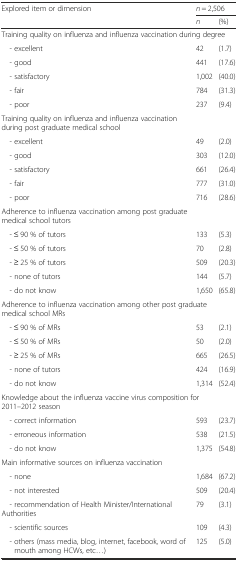
<table><thead><tr><td><b>Explored item or dimension</b></td><td colspan="2"><b><i>n</i> = 2,506</b></td></tr><tr><td></td><td><b><i>n</i></b></td><td><b>(%)</b></td></tr></thead><tbody><tr><td colspan="3">Training quality on influenza and influenza vaccination during degree</td></tr><tr><td> - excellent</td><td>42</td><td>(1.7)</td></tr><tr><td> - good</td><td>441</td><td>(17.6)</td></tr><tr><td> - satisfactory</td><td>1,002</td><td>(40.0)</td></tr><tr><td> - fair</td><td>784</td><td>(31.3)</td></tr><tr><td> - poor</td><td>237</td><td>(9.4)</td></tr><tr><td colspan="3">Training quality on influenza and influenza vaccination during post graduate medical school</td></tr><tr><td> - excellent</td><td>49</td><td>(2.0)</td></tr><tr><td> - good</td><td>303</td><td>(12.0)</td></tr><tr><td> - satisfactory</td><td>661</td><td>(26.4)</td></tr><tr><td> - fair</td><td>777</td><td>(31.0)</td></tr><tr><td> - poor</td><td>716</td><td>(28.6)</td></tr><tr><td colspan="3">Adherence to influenza vaccination among post graduate medical school tutors</td></tr><tr><td> - ≤ 90 % of tutors</td><td>133</td><td>(5.3)</td></tr><tr><td> - ≤ 50 % of tutors</td><td>70</td><td>(2.8)</td></tr><tr><td> - ≥ 25 % of tutors</td><td>509</td><td>(20.3)</td></tr><tr><td> - none of tutors</td><td>144</td><td>(5.7)</td></tr><tr><td> - do not know</td><td>1,650</td><td>(65.8)</td></tr><tr><td colspan="3">Adherence to influenza vaccination among other post graduate medical school MRs</td></tr><tr><td> - ≤ 90 % of MRs</td><td>53</td><td>(2.1)</td></tr><tr><td> - ≤ 50 % of MRs</td><td>50</td><td>(2.0)</td></tr><tr><td> - ≥ 25 % of MRs</td><td>665</td><td>(26.5)</td></tr><tr><td> - none of tutors</td><td>424</td><td>(16.9)</td></tr><tr><td> - do not know</td><td>1,314</td><td>(52.4)</td></tr><tr><td colspan="3">Knowledge about the influenza vaccine virus composition for 2011–2012 season</td></tr><tr><td> - correct information</td><td>593</td><td>(23.7)</td></tr><tr><td> - erroneous information</td><td>538</td><td>(21.5)</td></tr><tr><td> - do not know</td><td>1,375</td><td>(54.8)</td></tr><tr><td colspan="3">Main informative sources on influenza vaccination</td></tr><tr><td> - none</td><td>1,684</td><td>(67.2)</td></tr><tr><td> - not interested</td><td>509</td><td>(20.4)</td></tr><tr><td> - recommendation of Health Minister/International Authorities</td><td>79</td><td>(3.1)</td></tr><tr><td> - scientific sources</td><td>109</td><td>(4.3)</td></tr><tr><td> - others (mass media, blog, internet, facebook, word of mouth among HCWs, etc...)</td><td>125</td><td>(5.0)</td></tr></tbody></table>